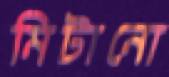
মিটানো